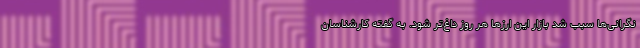
نگرانی‌ها سبب شد بازار این ارزها هر روز داغ‌تر شود. به گفته کارشناسان